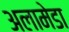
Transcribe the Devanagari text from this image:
अलामेडा